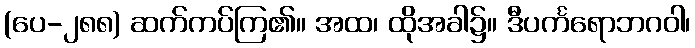
(ပေ-၂၈၈) ဆက်ကပ်ကြ၏။ အထ၊ ထိုအခါ၌။ ဒီပင်္ကရောဘဂဝါ၊